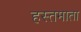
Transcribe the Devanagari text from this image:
हस्तमाता